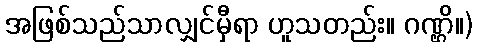
အဖြစ်သည်သာလျှင်မှီရာ ဟူသတည်း။ ဂဏ္ဌိ။)